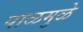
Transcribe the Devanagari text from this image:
पाळमुळे